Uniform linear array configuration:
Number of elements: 64
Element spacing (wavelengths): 0.5
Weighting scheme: hann
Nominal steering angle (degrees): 30
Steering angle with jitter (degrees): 28.529
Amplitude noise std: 0.05
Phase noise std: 0.05

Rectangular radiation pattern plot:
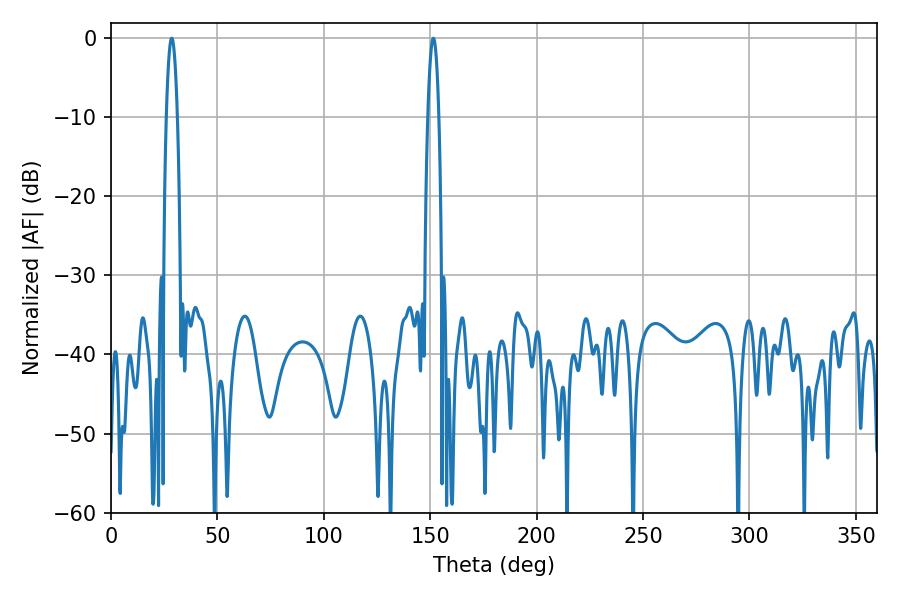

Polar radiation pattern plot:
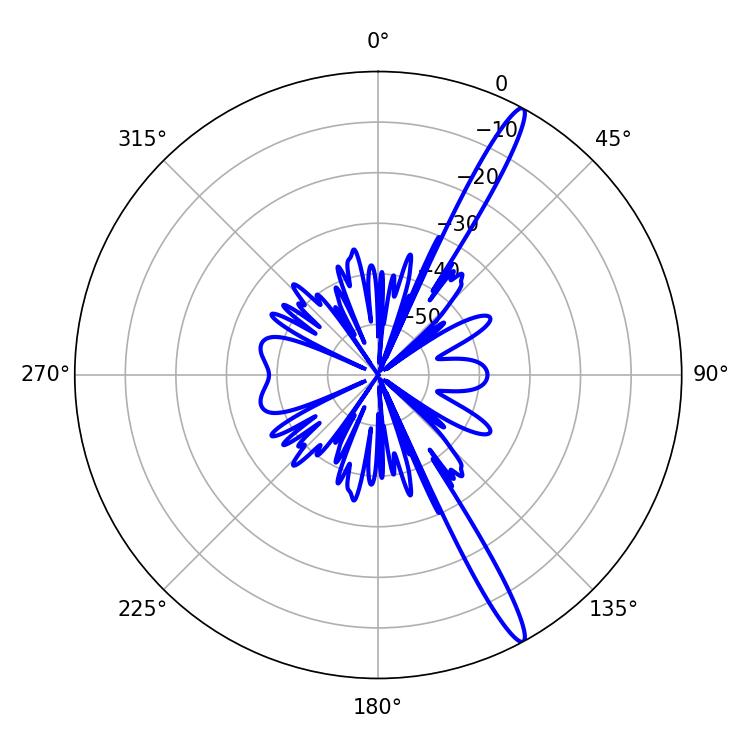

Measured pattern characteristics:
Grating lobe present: FALSE
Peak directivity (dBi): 15.845
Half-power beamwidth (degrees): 2.7
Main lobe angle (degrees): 28.62